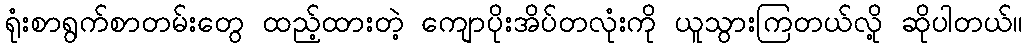
ရုံးစာရွက်စာတမ်းတွေ ထည့်ထားတဲ့ ကျောပိုးအိပ်တလုံးကို ယူသွားကြတယ်လို့ ဆိုပါတယ်။